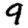
Digit: 9